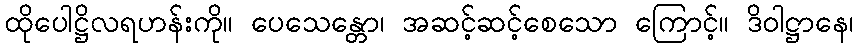
ထိုပေါဋ္ဌိလရဟန်းကို။ ပေသေန္တော၊ အဆင့်ဆင့်စေသော ကြောင့်။ ဒိဝါဋ္ဌာနေ၊